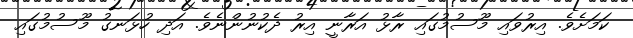
ކަމަށެވެ. އިރުވައި މޫސުމުގައި ރާޅު އަރާނީ އިރު ދެކުނުންނެވެ. އަދި ހުޅަނގު މޫސުމުގައި